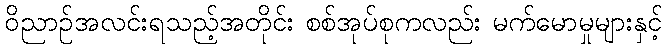
ဝိညာဉ်အလင်းရသည့်အတိုင်း စစ်အုပ်စုကလည်း မက်မောမှုများနှင့်